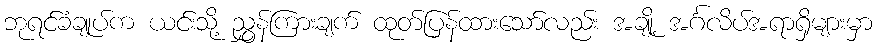
ဘုရင်ခံချုပ်က ယင်းသို့ ညွှန်ကြားချက် ထုတ်ပြန်ထားသော်လည်း အချို့ အင်္ဂလိပ်အရာရှိများမှာ